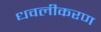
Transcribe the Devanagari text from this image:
धवलीकरण